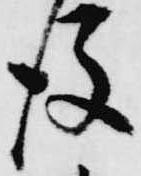
後